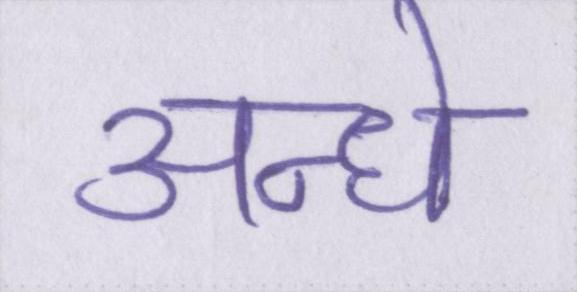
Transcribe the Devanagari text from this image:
अन्धे